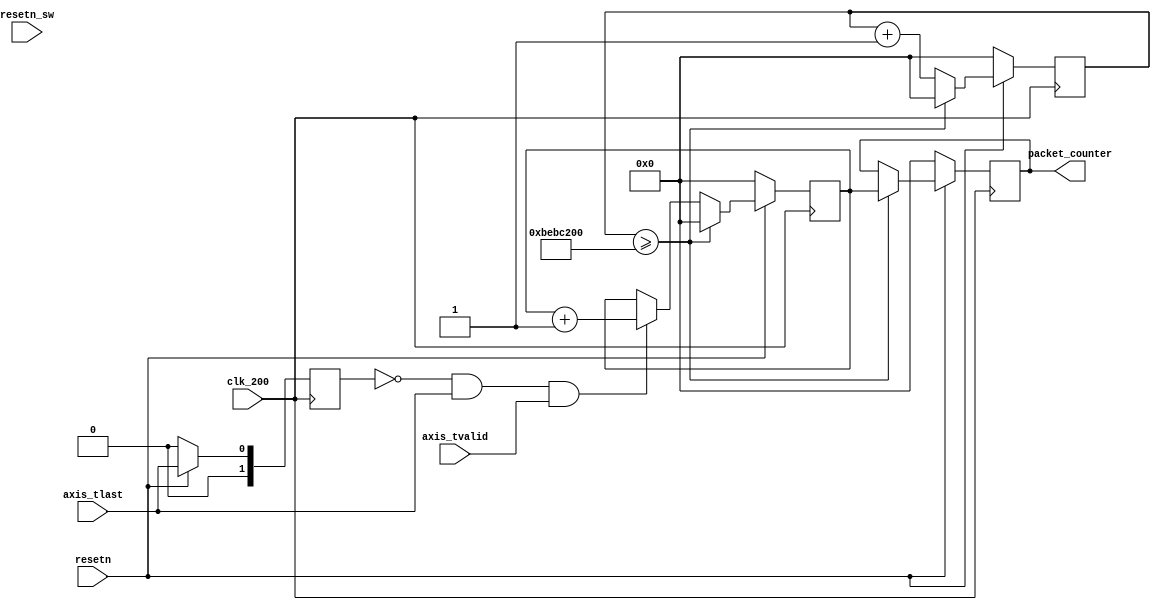
//
//  File:
//        pkt_count.v
//
//  Module:
//        pkt_count
//
//
//  Description:
//        Packet counter by secound
//

`timescale 1ps / 1ps

module pkt_counter
#(
    // Master AXI Stream Data Width
    parameter C_M_AXIS_DATA_WIDTH=256,
    parameter C_S_AXIS_DATA_WIDTH=256,
    parameter C_M_AXIS_TUSER_WIDTH=128,
    parameter C_S_AXIS_TUSER_WIDTH=128,
    // AXI Registers Data Width
    parameter C_S_AXI_DATA_WIDTH    = 32,
    parameter C_S_AXI_ADDR_WIDTH    = 12,
    parameter C_BASEADDR            = 32'h00000000,
    // Internal
    parameter REG_DEPTH=32
)
(
    // Inputs
    input clk_200,
    input resetn,
    input resetn_sw,
    input axis_tvalid,
    input axis_tlast,
    // Outputs
    output [REG_DEPTH-1 : 0] packet_counter
);
  // ------------ Internal Params --------

  // ------------- Regs/ wires -----------
  reg [REG_DEPTH-1 : 0] store_counter;
  reg [REG_DEPTH-1 : 0] counter;
  reg [REG_DEPTH-1 : 0] timer;

  reg [1:0] axis_tlast_old;

  // ------------- Logic ------------
  assign packet_counter = store_counter;


  always @(posedge clk_200) begin
    if ( ~resetn ) begin
      axis_tlast_old <= 0;
    end
    else begin
      axis_tlast_old <= axis_tlast;
    end;
  end // always @(posedge axis_aclk)

  always @(posedge clk_200) begin
    if ( ~resetn ) begin
      counter <= 0;
      timer <= 0;
      store_counter <= 0;
    end
    else begin
     if (timer >= 32'hBEBC200) begin
//       if (timer >= 32'h106E) begin //sim
        timer <= 0;
        store_counter <= counter;
        counter <= 0;
      end
      else begin
        timer = timer + 1'h1;
        if (~axis_tlast_old && axis_tlast && axis_tvalid) begin
          counter = counter + 1'h1;
        end
        else begin
          counter <= counter;
        end
      end
    end
  end // always @(posedge axis_aclk)


endmodule